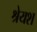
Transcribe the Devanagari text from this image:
श्रेयश